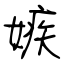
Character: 嫉